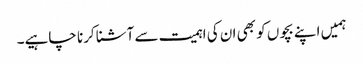
ہمیں اپنے بچوں کو بھی ان کی اہمیت سے آشنا کرنا چاہیے۔